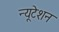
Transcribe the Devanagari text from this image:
न्यूटेशन